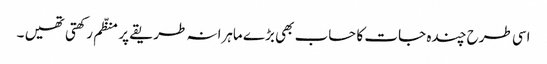
اسی طرح چندہ جات کا حساب بھی بڑے ماہرانہ طریقے پر منظّم رکھتی تھیں ۔